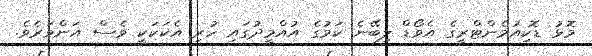
މޮޅު ޑޮކިއުމެންޓްރީގެ އެވޯޑް ލިބޭނެ ކަމުގެ އުއްމީދުގައި ހުރި އެކަކަކީ ވެސް އަންވަރެވެ.